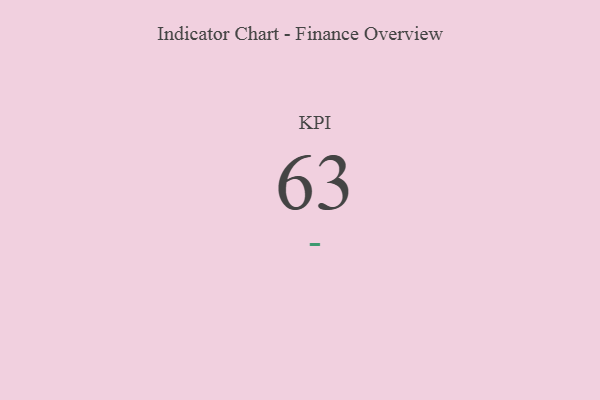
{"axis": {"x": "KPI", "y": "Value"}, "legend": [""], "data": [{"x": "KPI", "y": 63, "type": ""}]}